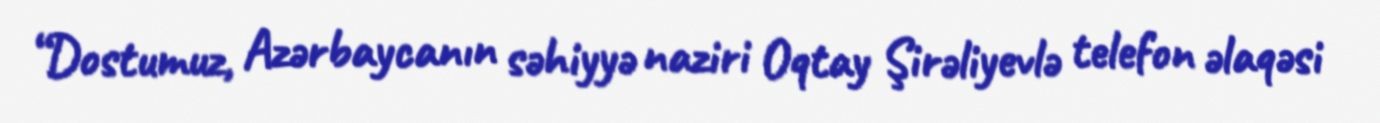
“Dostumuz, Azərbaycanın səhiyyə naziri Oqtay Şirəliyevlə telefon əlaqəsi